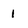
Character: I